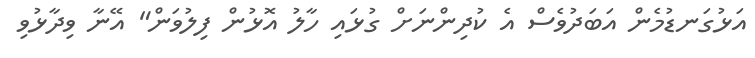
އަޅުގަނޑުމެން އަބަދުވެސް އެ ކުދިންނަށް ގުޅައި ހާލު އޮޅުން ފިލުވަން" އޭނާ ވިދާޅުވި